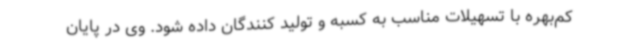
کم‌بهره با تسهیلات مناسب به کسبه و تولید کنندگان داده شود. وی در پایان